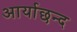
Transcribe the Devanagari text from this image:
आर्याछन्द